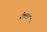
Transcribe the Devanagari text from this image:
रँडला